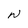
Character: W